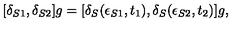
[ \delta _ { S 1 } , \delta _ { S 2 } ] g = [ \delta _ { S } ( \epsilon _ { S 1 } , t _ { 1 } ) , \delta _ { S } ( \epsilon _ { S 2 } , t _ { 2 } ) ] g ,